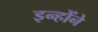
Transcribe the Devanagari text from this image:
इन्होँने